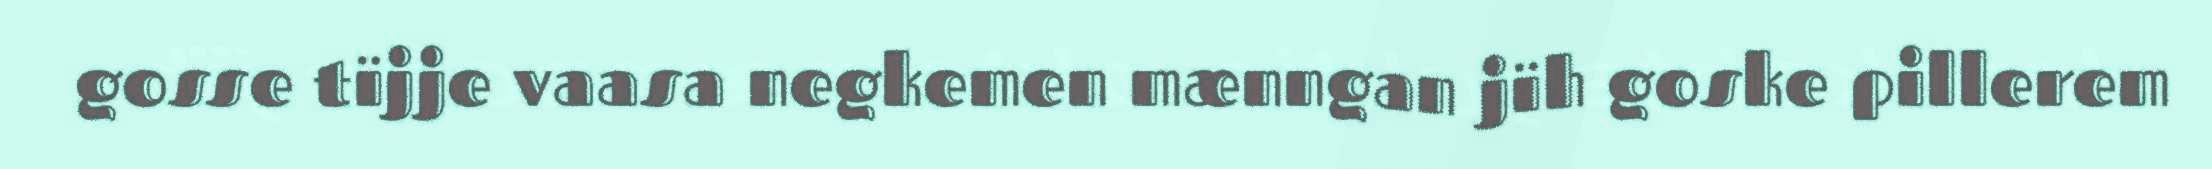
gosse tïjje vaasa negkemen mænngan jïh goske pillerem